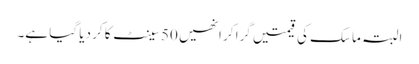
البتہ ماسک کی قیمتیں گرا کر انھیں 50 سینٹ کا کر دیا گیا ہے۔